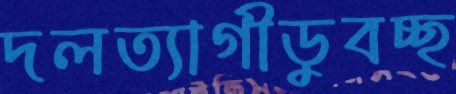
দলত্যাগীডুবচ্ছ